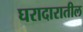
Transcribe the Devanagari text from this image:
घरादारातील